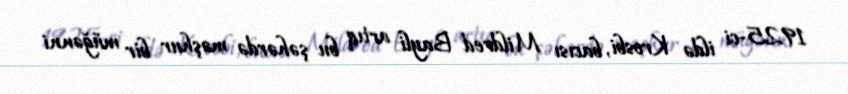
1925-ci ildə Krosbi, bacısı Mildred Bayli artıq bu şəhərdə məşhur bir müğənni